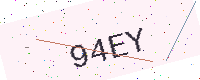
Text: 94EY